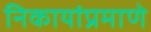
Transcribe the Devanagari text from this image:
निकायांप्रमाणे